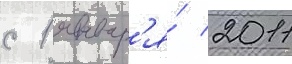
с 1 январ'я́ 2011